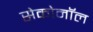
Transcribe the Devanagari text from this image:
सेकोनॉल